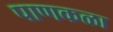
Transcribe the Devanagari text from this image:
पाणकळा